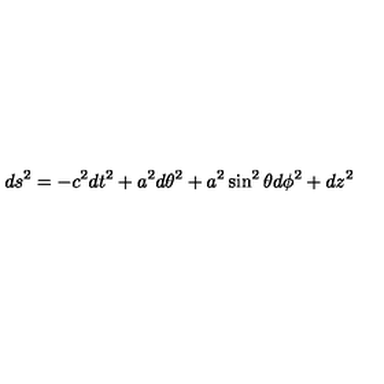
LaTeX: d s ^ { 2 } = - c ^ { 2 } d t ^ { 2 } + a ^ { 2 } d \theta ^ { 2 } + a ^ { 2 } \sin ^ { 2 } \theta d \phi ^ { 2 } + d z ^ { 2 }